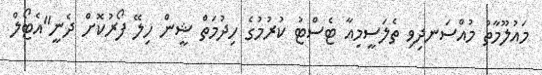
މައުލޫމާތު މުއްސަނދިވި ތެލަސީމިއާ ޓެސްޓު ކުރުުމުގެ ހިދުމަތް ޝީން ހިލޭ ފޯރުކޮށް ދެނީ"އެޓޯލް